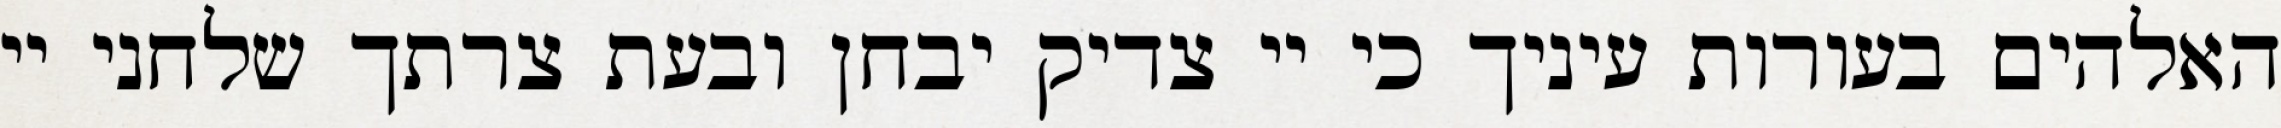
האלהים בעורות עיניך כי יי צדיק יבחן ובעת צרתך שלחני יי